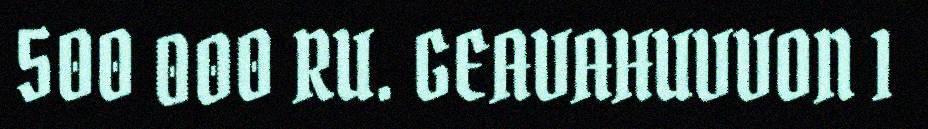
500 000 RU. GEAVAHUVVON 1